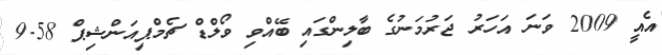
އެއީ 2009 ވަނަ އަހަރު ޖަރުމަނުގެ ބާލިންގައި ބޭއްވި ވޯލްޑް ޗެމްޕިއަންޝިޕް 9.58